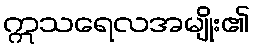
ဣသရေလအမျိုး၏